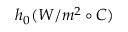
h _ { 0 } ( W / m ^ { 2 } \circ C )